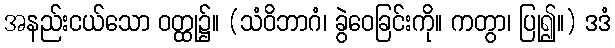
အနည်းငယ်သော ဝတ္ထု၌။ (သံဝိဘာဂံ၊ ခွဲဝေခြင်းကို။ ကတွာ၊ ပြု၍။) ဒဒံ